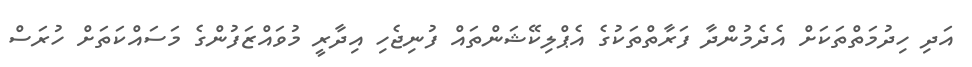
އަދި ހިދުމަތްތަކަށް އެދެމުންދާ ފަރާތްތަކުގެ އެޕްލިކޭޝަންތައް ފުނިޖެހި އިދާރީ މުވައްޒަފުންގެ މަސައްކަތަށް ހުރަސް